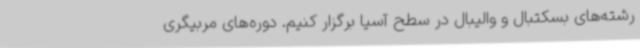
رشته‌های بسکتبال و والیبال در سطح آسیا برگزار کنیم. دوره‌های مربیگری